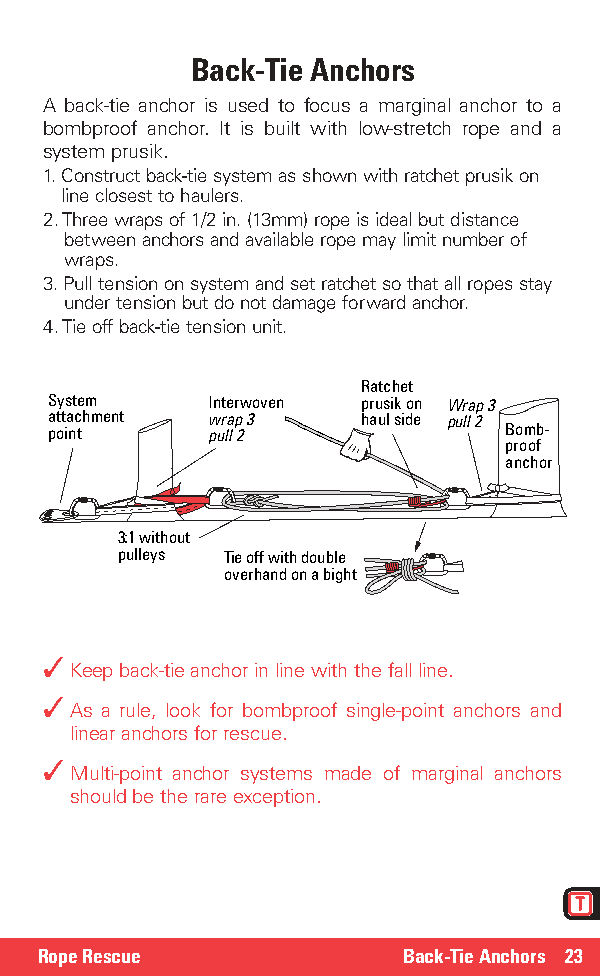
Back-Tie Anchors
 A back-tie anchor is used to focus a marginal anchor to a
 bombproof anchor. It is built with low-stretch rope and a
 system prusik.
 1. Construct back-tie system as shown with ratchet prusik on
 line closest to haulers.
 2. Three wraps of 1/2 in. (13mm) rope is ideal but distance
 between anchors and available rope may limit number of
 wraps.
 3. Pull tension on system and set ratchet so that all ropes stay
 under tension but do not damage forward anchor.
 4. Tie off back-tie tension unit.
 Ratchet
 System     Interwoven prusik on Wrap 3
 attachment wrap 3    haul side pull 2
 point      pull 2             Bomb-
 proof
 anchor
 3:1 without
 pulleys Tie off with double
 overhand on a bight
 ✓
 Keep back-tie anchor in line with the fall line.
 ✓
 As a rule, look for bombproof single-point anchors and
 linear anchors for rescue.
 ✓
 Multi-point anchor systems made of marginal anchors
 should be the rare exception.
 Rope Rescue             Back-Tie Anchors 23